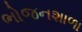
ભોજનશાળા